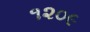
૧૨૦૯